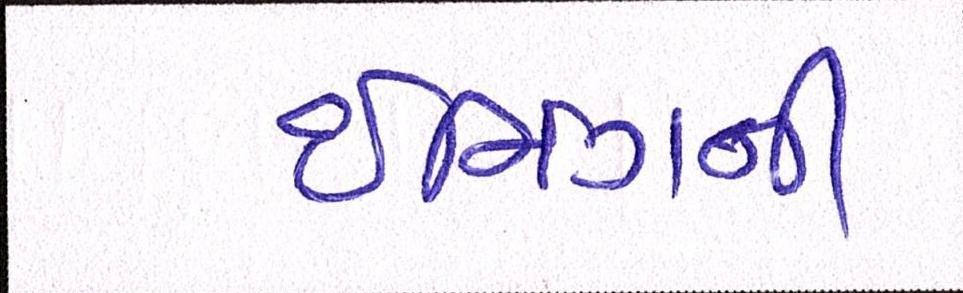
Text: ઈનિંગની